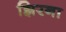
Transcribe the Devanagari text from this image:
झिरना